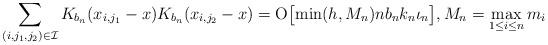
LaTeX: \begin{align*} \sum_{(i,j_1,j_2)\in{\cal I}} K_{b_n}(x_{i,j_1}-x)K_{b_n}(x_{i,j_2}-x)= \mathrm{O}\bigl[ \min(h,M_n)nb_n k_n\iota_n\bigr], M_n=\max_{1\le i\le n}m_i\end{align*}